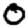
Digit: 0